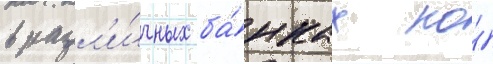
в разл'и́чных ба́нках по́